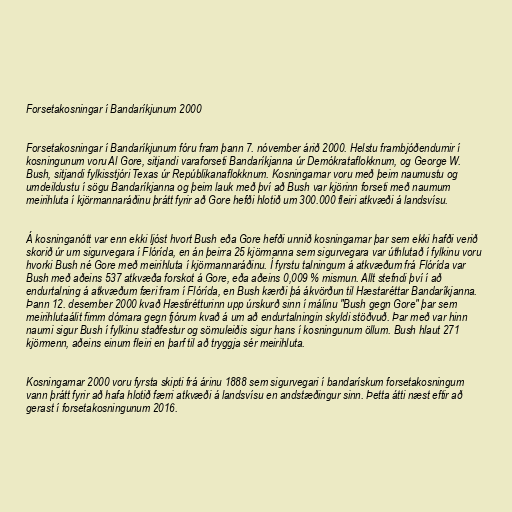
Forsetakosningar í Bandaríkjunum 2000

Forsetakosningar í Bandaríkjunum fóru fram þann 7. nóvember árið 2000. Helstu frambjóðendurnir í
kosningunum voru Al Gore, sitjandi varaforseti Bandaríkjanna úr Demókrataflokknum, og George W.
Bush, sitjandi fylkisstjóri Texas úr Repúblikanaflokknum. Kosningarnar voru með þeim naumustu og
umdeildustu í sögu Bandaríkjanna og þeim lauk með því að Bush var kjörinn forseti með naumum
meirihluta í kjörmannaráðinu þrátt fyrir að Gore hefði hlotið um 300.000 fleiri atkvæði á landsvísu.

Á kosninganótt var enn ekki ljóst hvort Bush eða Gore hefði unnið kosningarnar þar sem ekki hafði verið
skorið úr um sigurvegara í Flórída, en án þeirra 25 kjörmanna sem sigurvegara var úthlutað í fylkinu voru
hvorki Bush né Gore með meirihluta í kjörmannaráðinu. Í fyrstu talningum á atkvæðum frá Flórída var
Bush með aðeins 537 atkvæða forskot á Gore, eða aðeins 0,009 % mismun. Allt stefndi því í að
endurtalning á atkvæðum færi fram í Flórída, en Bush kærði þá ákvörðun til Hæstaréttar Bandaríkjanna.
Þann 12. desember 2000 kvað Hæstirétturinn upp úrskurð sinn í málinu "Bush gegn Gore" þar sem
meirihlutaálit fimm dómara gegn fjórum kvað á um að endurtalningin skyldi stöðvuð. Þar með var hinn
naumi sigur Bush í fylkinu staðfestur og sömuleiðis sigur hans í kosningunum öllum. Bush hlaut 271
kjörmenn, aðeins einum fleiri en þarf til að tryggja sér meirihluta.

Kosningarnar 2000 voru fyrsta skipti frá árinu 1888 sem sigurvegari í bandarískum forsetakosningum
vann þrátt fyrir að hafa hlotið færri atkvæði á landsvísu en andstæðingur sinn. Þetta átti næst eftir að
gerast í forsetakosningunum 2016.